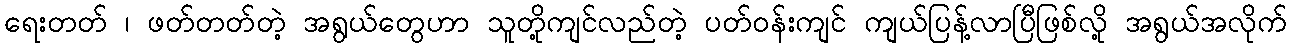
ရေးတတ် ၊ ဖတ်တတ်တဲ့ အရွယ်တွေဟာ သူတို့ကျင်လည်တဲ့ ပတ်ဝန်းကျင် ကျယ်ပြန့်လာပြီဖြစ်လို့ အရွယ်အလိုက်